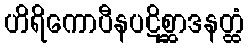
ဟိရိကောပီနပဋိစ္ဆာဒနတ္ထံ